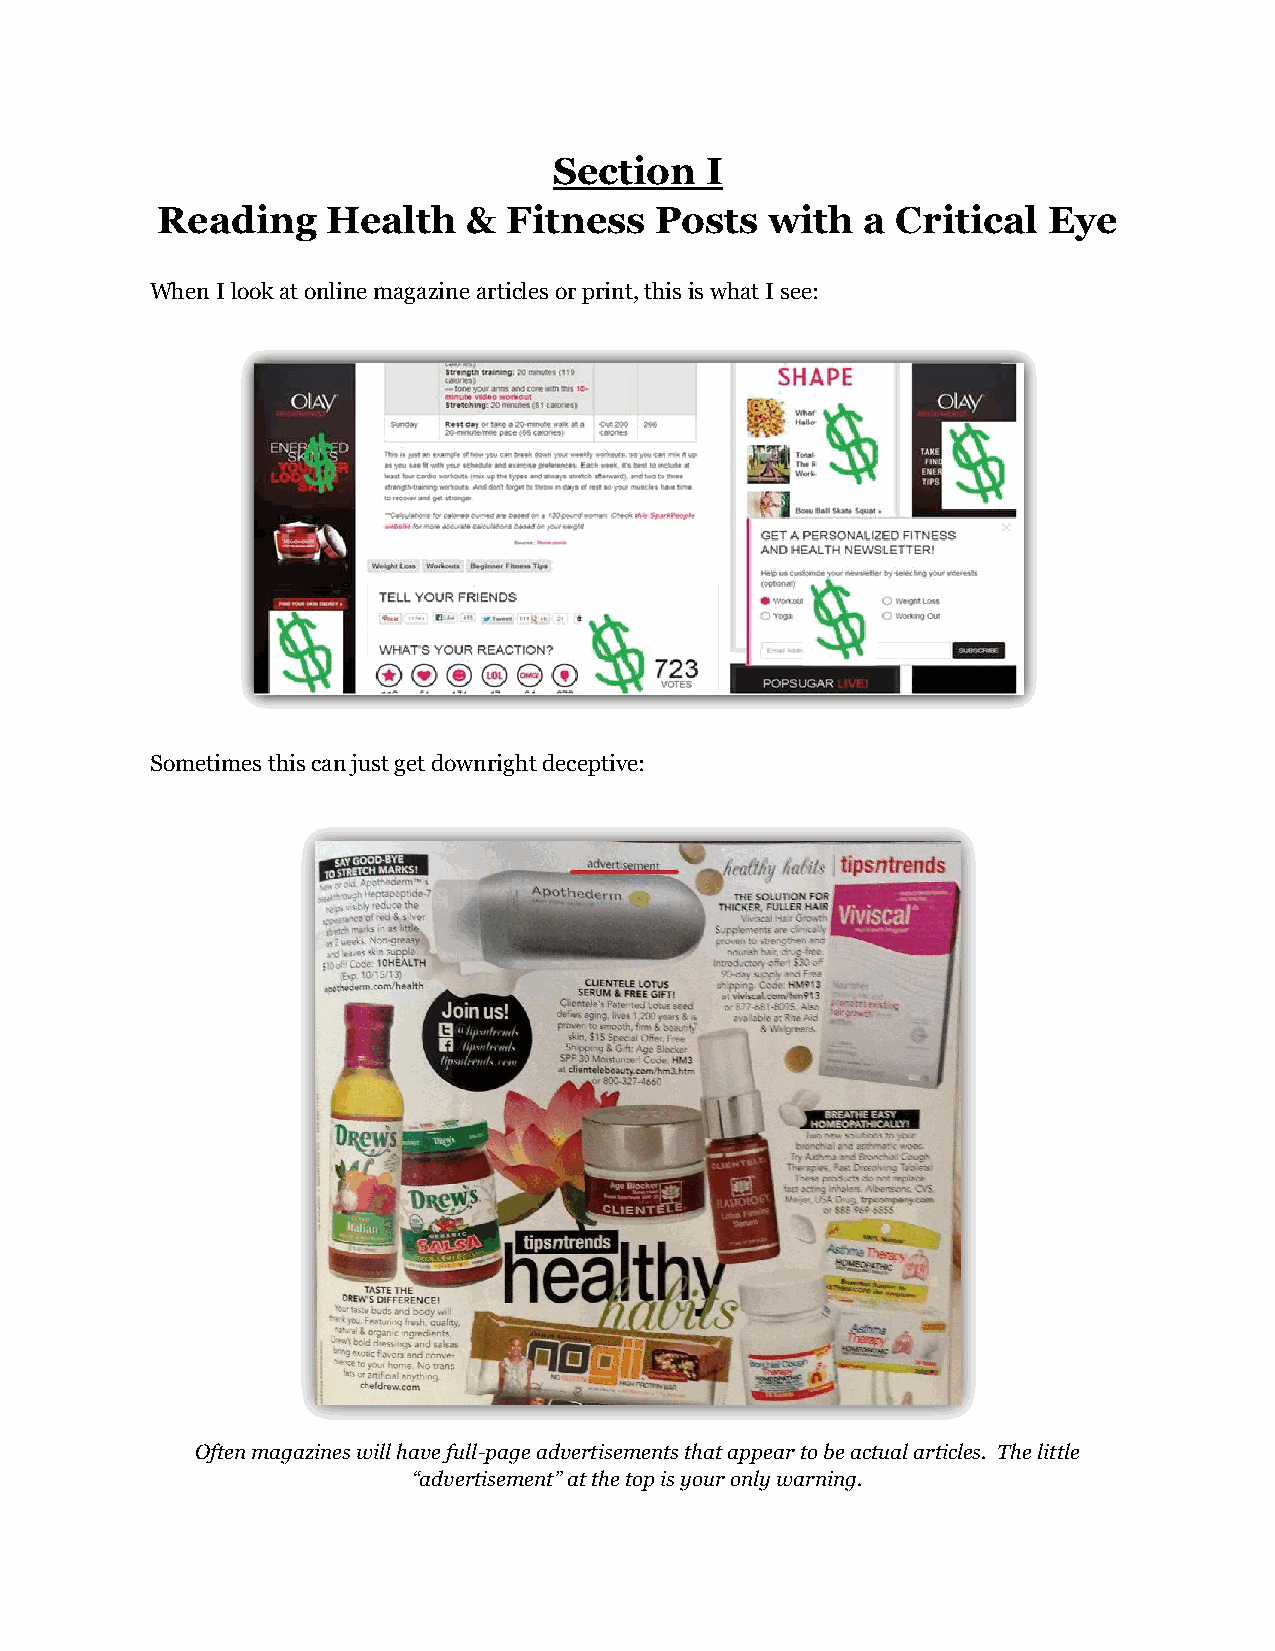
Section   I
 Reading     Health   &  Fitness  Posts   with  a Critical  Eye
 When I look at online magazine articles or print, this is what I see:
 Sometimes this can just get downright deceptive:
 Often magazines will have full-page advertisements that appear to be actual articles. The little
 “advertisement” at the top is your only warning.